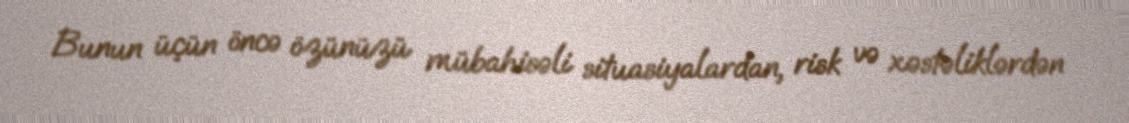
Bunun üçün öncə özünüzü mübahisəli situasiyalardan, risk və xəstəliklərdən